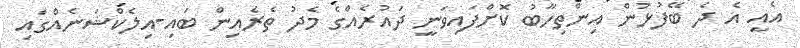
އެއީ އެ ދެ ބޭފުޅުން އިންތިހާބު ކޮށްފައިވަނީ ދައުރެއްގެ މެދު ތެރެއިން ބައި-އިލެކްޝަނެއްގައި